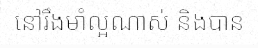
នៅរឹងមាំល្អណាស់ និងបាន